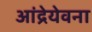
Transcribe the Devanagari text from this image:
आंद्रेयेवना